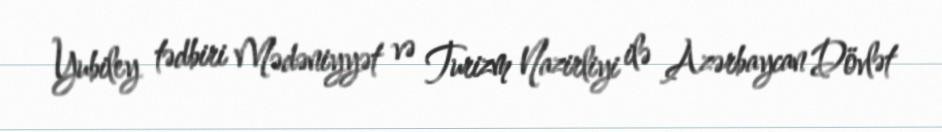
Yubiley tədbiri Mədəniyyət və Turizm Nazirliyi ilə Azərbaycan Dövlət